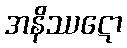
အနိဿဋော